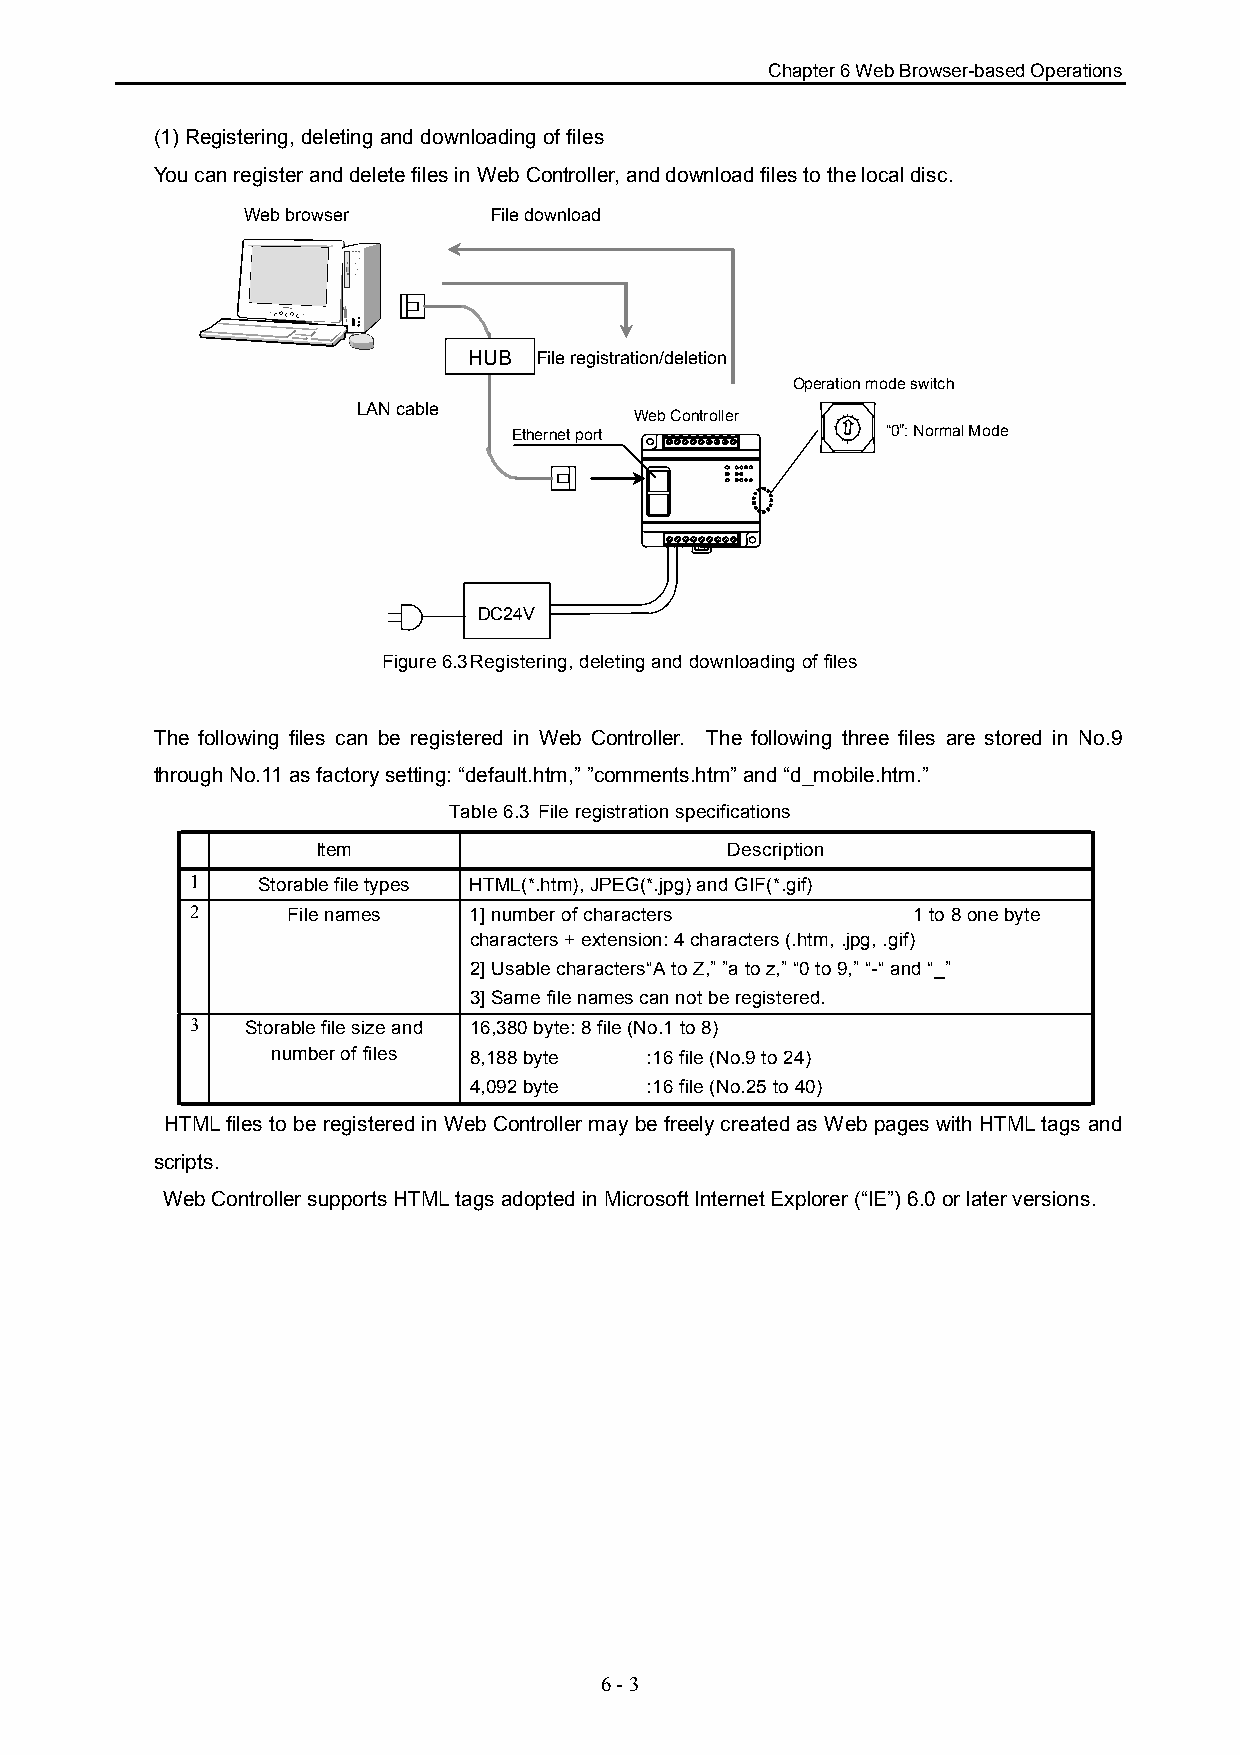
Chapter 6 Web Browser-based Operations
 (1) Registering, deleting and downloading of files
 You can register and delete files in Web Controller, and download files to the local disc.
 Web browser      File download
 HUB  File registration/deletion
 Operation mode switch
 LAN cable
 Web Controller
 Ethernet port            “0”: Normal Mode
 DC24V
 Figure 6.3Registering, deleting and downloading of files
 The following files can be registered in Web Controller. The following three files are stored in No.9
 through No.11 as factory setting: “default.htm,” ”comments.htm” and “d_mobile.htm.”
 Table 6.3 File registration specifications
 Item                       Description
 1   Storable file types HTML(*.htm), JPEG(*.jpg) and GIF(*.gif)
 2     File names  1] number of characters      1 to 8 one byte
 characters + extension: 4 characters (.htm, .jpg, .gif)
 2] Usable characters“A to Z,” ”a to z,” “0 to 9,” “-“ and “_”
 3] Same file names can not be registered.
 3  Storable file size and 16,380 byte: 8 file (No.1 to 8)
 number of files 8,188 byte :16 file (No.9 to 24)
 4,092 byte  :16 file (No.25 to 40)
 HTML files to be registered in Web Controller may be freely created as Web pages with HTML tags and
 scripts.
 Web Controller supports HTML tags adopted in Microsoft Internet Explorer (“IE”) 6.0 or later versions.
 6 - 3